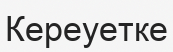
Кереуетке